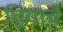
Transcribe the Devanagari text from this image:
चिर्‍याचे